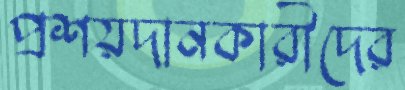
প্রশয়দানকারীদের